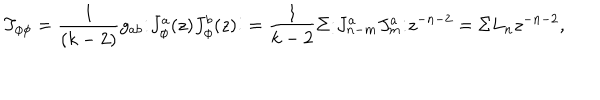
T _ { \phi \phi } = \frac { 1 } { ( k - 2 ) } g _ { a b } { \large : } J _ { \phi } ^ { a } ( z ) J _ { \phi } ^ { b } ( z ) { \large : } = \frac { 1 } { k - 2 } \Sigma { \large : } J _ { n - m } ^ { a } J _ { m } ^ { a } { \large : } z ^ { - n - 2 } = \Sigma L _ { n } z ^ { - n - 2 } ,